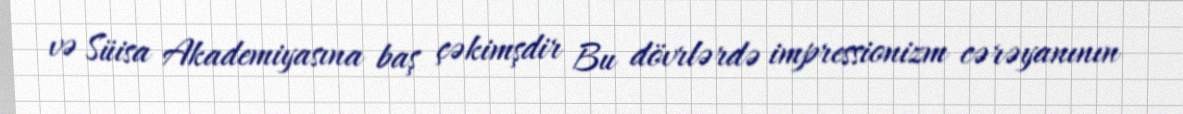
və Süisa Akademiyasına baş çəkimşdir Bu dövrlərdə impressionizm cərəyanının